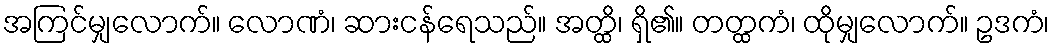
အကြင်မျှလောက်။ လောဏံ၊ ဆားငန်ရေသည်။ အတ္ထိ၊ ရှိ၏။ တတ္ထကံ၊ ထိုမျှလောက်။ ဥဒကံ၊